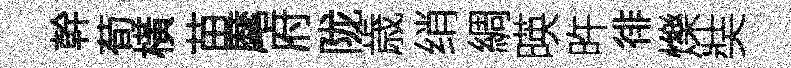
幹荀橫苗麾府陇歳绡綢暎旿徘爍奘